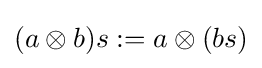
(a\otimes b)s:=a\otimes (bs)